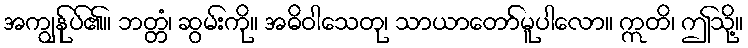
အကျွန်ုပ်၏။ ဘတ္တံ၊ ဆွမ်းကို။ အဓိဝါသေတု၊ သာယာတော်မူပါလော။ ဣတိ၊ ဤသို့။